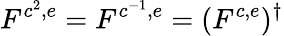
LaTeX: F^{c^{2},e}=F^{c^{-1},e}=(F^{c,e})^{\dagger}